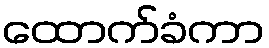
ထောက်ခံကာ